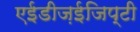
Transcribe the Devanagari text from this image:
एईडीज़ईजिप्टी